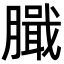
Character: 𦠾